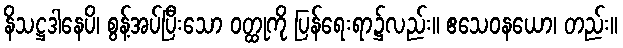
နိသဋ္ဌဒါနေပိ၊ စွန့်အပ်ပြီးသော ဝတ္ထုကို ပြန်ရေးရာ၌လည်း။ ဧသေဝနယော၊ တည်း။